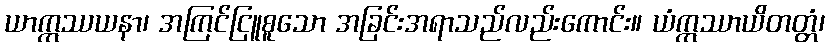
ယာဣဿယနာ၊ အကြင်ငြူစူသော အခြင်းအရာသည်လည်းကောင်း။ ယံဣဿာယိတတ္တံ၊